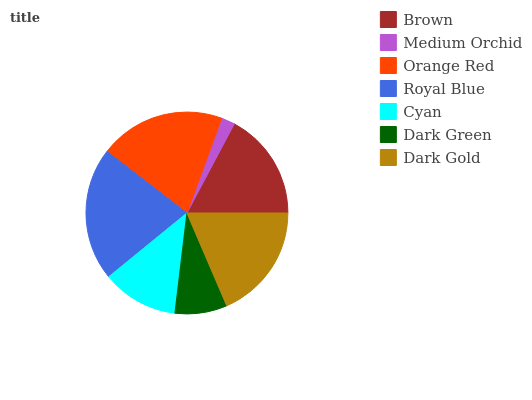
| Brown | Medium Orchid | Orange Red | Royal Blue | Cyan | Dark Green | Dark Gold |
 | --- | --- | --- | --- | --- | --- | --- |
 | 17.2% | 2.18% | 20.2% | 21.3% | 12.2% | 8.35% | 18.6% |